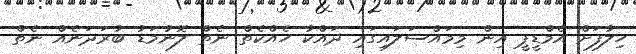
ހިލާފަށް އެމްޑީޕީ އިން މިމައްސަލައިގައި ދައްކާ ހެއްކެތް ނެތް ލޮނުމަޑު ބުރަދަނެއް ނެތް